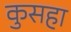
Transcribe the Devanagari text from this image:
कुसहा